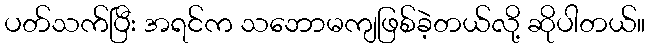
ပတ်သက်ပြီး အရင်က သဘောမကျဖြစ်ခဲ့တယ်လို့ ဆိုပါတယ်။